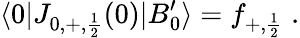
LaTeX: \langle 0|J_{0,+,{\frac{1}{2}}}(0)|B_{0}^{\prime}\rangle=f_{+,{\frac{1}{2}}}\; .